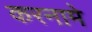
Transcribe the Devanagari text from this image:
करनामे